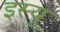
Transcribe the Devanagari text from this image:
इस्यू